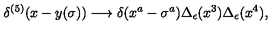
\delta ^ { ( 5 ) } ( x - y ( \sigma ) ) \longrightarrow \delta ( x ^ { a } - \sigma ^ { a } ) \Delta _ { \epsilon } ( x ^ { 3 } ) \Delta _ { \epsilon } ( x ^ { 4 } ) ,